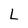
Character: L